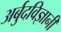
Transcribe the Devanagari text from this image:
अर्बुदविज्ञानी